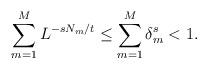
LaTeX: \begin{align*} \sum_{m=1}^M L^{-sN_m/t} \leq \sum_{m=1}^M \delta_m^s < 1.\end{align*}